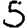
Digit: 5